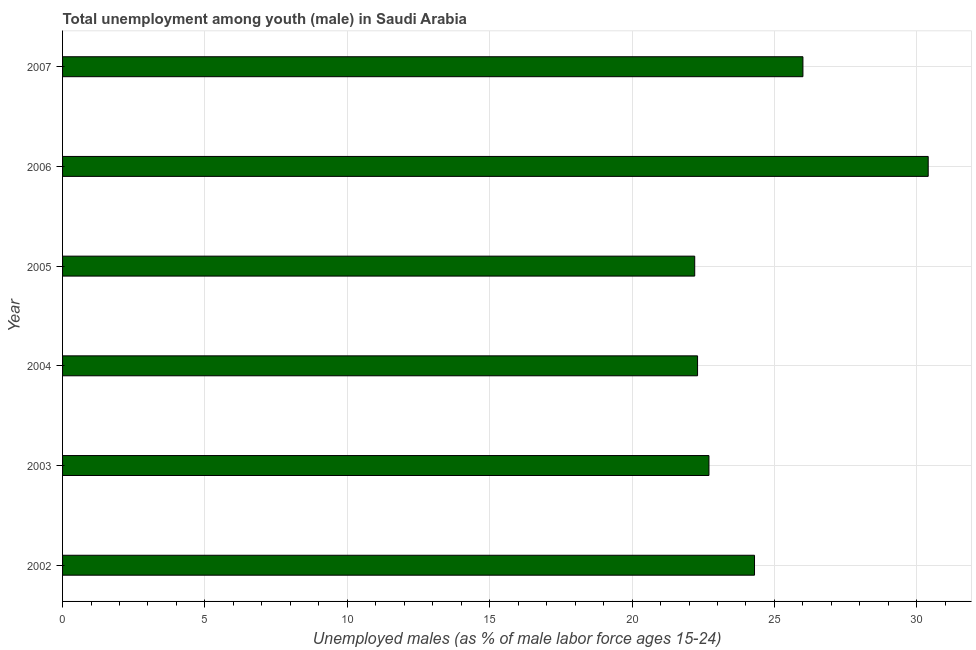
| Year | Unemployment |
 | --- | --- |
 | 2002 | 24.3 |
 | 2003 | 22.7 |
 | 2004 | 22.3 |
 | 2005 | 22.2 |
 | 2006 | 30.4 |
 | 2007 | 26 |